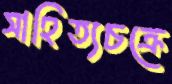
সাহিত্যচক্রে